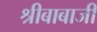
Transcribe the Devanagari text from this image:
श्रीबाबाजी